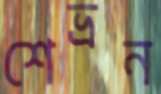
শেভ্রন